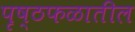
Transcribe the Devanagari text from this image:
पृष्ठफळातील